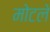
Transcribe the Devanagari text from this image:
मोटले